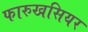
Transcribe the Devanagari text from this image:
फारुखसियर